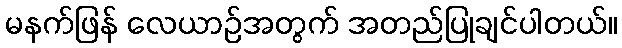
မနက်ဖြန် လေယာဉ်အတွက် အတည်ပြုချင်ပါတယ်။